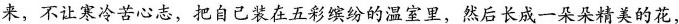
来，不让寒冷苦心志，把自己装在五彩缤纷的温室里，然后长成一朵朵精美的花